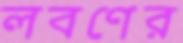
লবণের